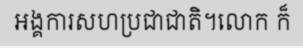
អង្គការសហប្រជាជាតិ។លោក ក៏